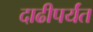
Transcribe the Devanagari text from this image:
दाढीपर्यंत